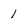
Character: 1